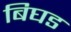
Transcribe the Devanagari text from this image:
बिघड